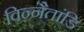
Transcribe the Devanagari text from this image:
विन्नैतांडि